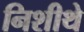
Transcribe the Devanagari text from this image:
निशीथे